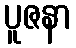
ပူဇနာ